Newspaper: The evening world. [volume]
Place of publication: New York, N.Y.
Publisher: [publisher not identified]
Date: 1890-07-16 00:00:00
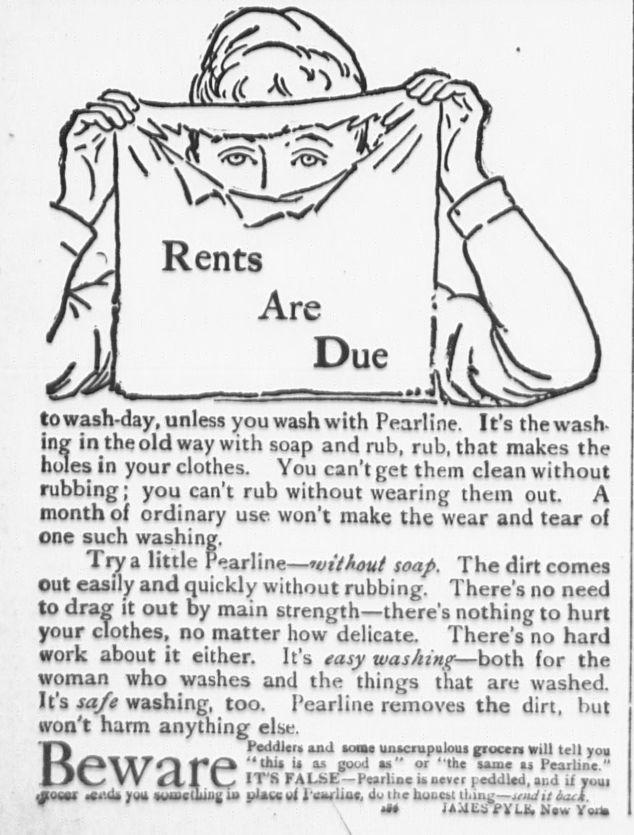
Advertisement text (OCR):
Qs) 'y ( Rents X Are j jMl Due -fe,bJ to wash-day, unless you wash with Pearline. It's the wash- in? in the old waY with soaP a"d rub, rub, that makes the h in your clothes- You cant Bet them clean without rubbing ; you can't rub without wearing them out. A month of ordinary use. won't make the wear and tear of one such washing, Tl7a little Pearline- without soap. The dirt comes out easily and quickly without rubbing. There's no need to drag it out by main strength there's nothing to hurt your c'othes no matter how delicate. There's no hard work about it either. It's easy washing both for the woman who washes and the things that arc washed. ts safe wasm& too Pearline removes the dirt, but won't harm anything else. 'F Peddlera and aoms unacrupnloui grocers Will tell you HiaafAXrO f ',thSi ' " Sd " or "he same is Pearline." XJ VV CL1 Vv IT'S FALSE-Pwrlinci. never peddled, and Uyoui " lAUCSjeVLbNewYeila
Label: illustrations